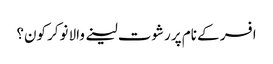
افسر کے نام پر رشوت لینے والا نوکر کون؟